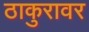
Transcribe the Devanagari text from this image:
ठाकुरावर